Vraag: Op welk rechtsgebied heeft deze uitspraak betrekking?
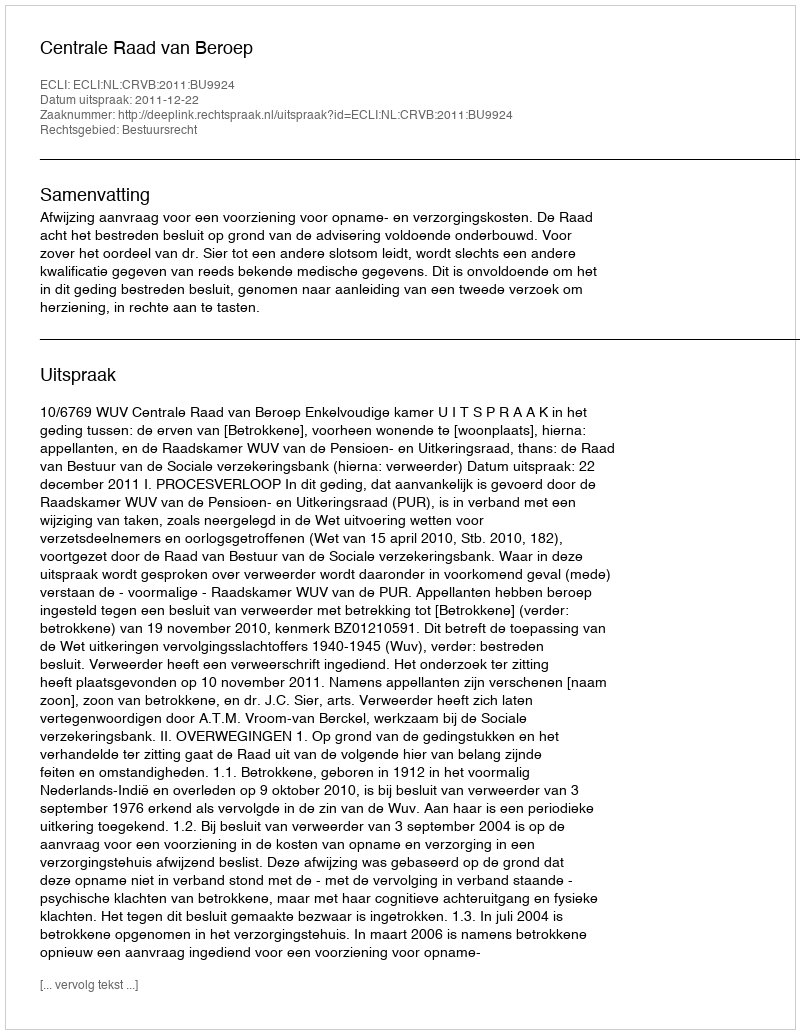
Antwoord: Bestuursrecht